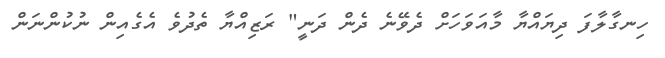
ހިނގާލާފަ ދިޔައްޔާ މާއަވަހަށް ދެވޭނެ ދެން ދަނީ" ރަޒިއްޔާ ތެދުވެ އެގެއިން ނުކުންނަން